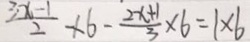
\frac { 3 x - 1 } { 2 } \times 6 - \frac { 2 x + 1 } { 3 } \times 6 = 1 \times 6